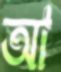
আ